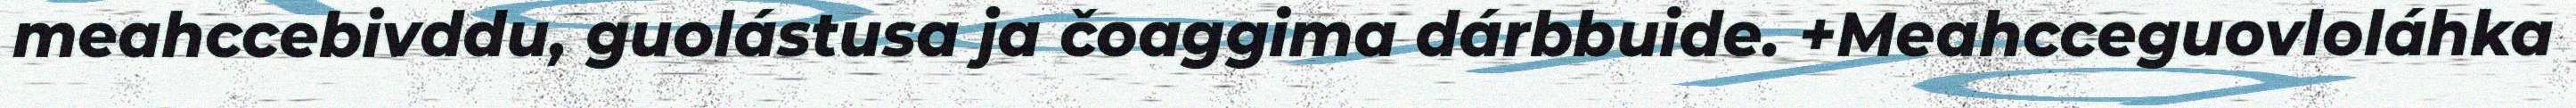
meahccebivddu, guolástusa ja čoaggima dárbbuide. +Meahcceguovloláhka